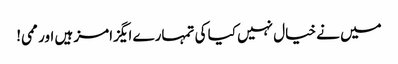
میں نے خیال نہیں کیا کی تمہارے ایگزامز ہیں اور ممی!